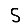
Digit: 5